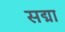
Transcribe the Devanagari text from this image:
सद्मा